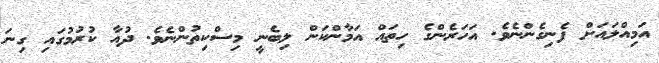
އަމިއްލައަށް ފެނިގެންނެވެ. އަހަރެންގެ ހިތައް އަމާންކަން ލިބެނީ މިސްކިތުންނެވެ. ދުއާ ކުރުމުގައި ގިނަ